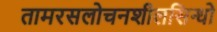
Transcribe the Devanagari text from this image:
तामरसलोचनशीलसिन्धो